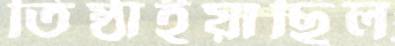
তিষ্ঠাইয়াছিল